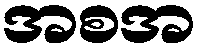
အစအ